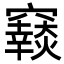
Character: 𥨴